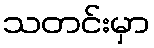
သတင်းမှာ